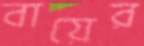
বায়ের